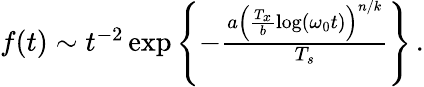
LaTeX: \begin{array}{r}{f(t)\sim t^{-2}\exp\left\{ -\frac{a\left(\frac{T_{x}}{b}\log(\omega_{0}t)\right)^{n/k}}{T_{s}}\right\} \, .}\end{array}